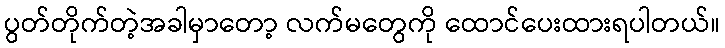
ပွတ်တိုက်တဲ့အခါမှာတော့ လက်မတွေကို ထောင်ပေးထားရပါတယ်။